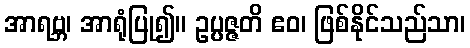
အာရဗ္ဘ၊ အာရုံပြု၍။ ဥပ္ပဇ္ဇတိ ဧဝ၊ ဖြစ်နိုင်သည်သာ၊